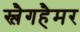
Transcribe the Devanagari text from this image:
स्लैगहैमर